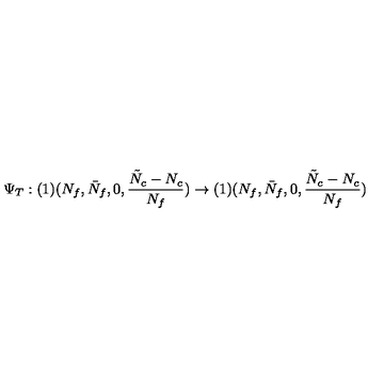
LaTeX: \Psi _ { T } : ( 1 ) ( N _ { f } , \bar { N } _ { f } , 0 , \frac { \tilde { N } _ { c } - N _ { c } } { N _ { f } } ) \rightarrow ( 1 ) ( N _ { f } , \bar { N } _ { f } , 0 , \frac { \tilde { N } _ { c } - N _ { c } } { N _ { f } } )